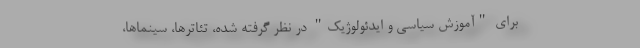
برای "آموزش سیاسی و ایدئولوژیک" در نظر گرفته شده، تئاترها، سینماها،